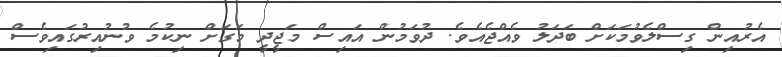
އެރުއިން ގިސްލެވުމަކަށް ބަދަލު ވެއްޖެއެވެ. ދުވަމުން އައިސް މަޖީދީ މަގަށް ނިކުމެ ވުނުއިރުގައިވެސް